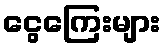
ငွေကြေးများ